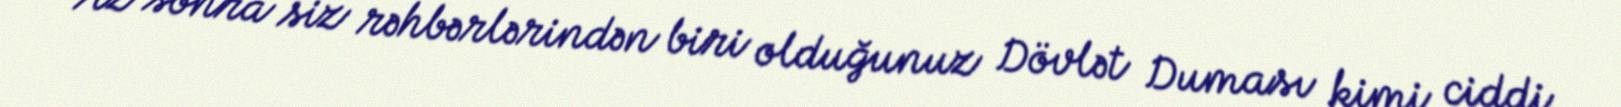
Az sonra siz rəhbərlərindən biri olduğunuz Dövlət Duması kimi ciddi